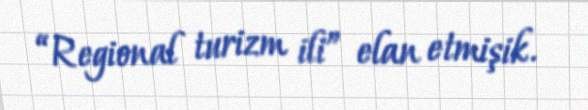
“Regional turizm ili” elan etmişik.